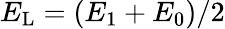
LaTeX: {E}_{\mathrm{L}}=(E_{1}+E_{0})/2